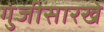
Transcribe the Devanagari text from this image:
गुंजीसारखे